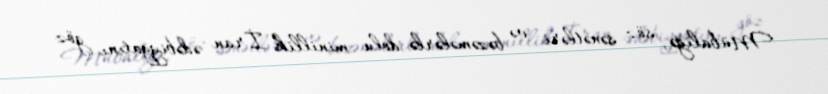
Mübaliğə, söz sənətləri və bəzəmələrlə dolu minillik İran ədəbiyyatını göz